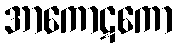
အာကောဋကော